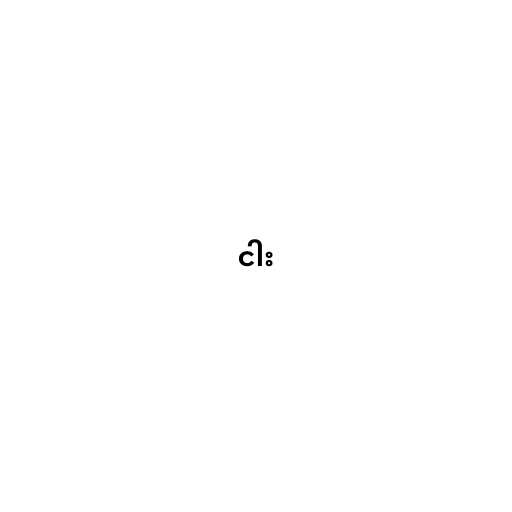
ငါး